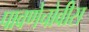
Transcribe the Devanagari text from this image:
पावणेचोवीस